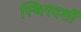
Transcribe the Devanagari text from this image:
स्थिरदर्शी